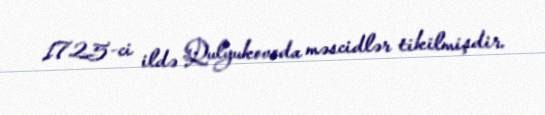
1725-ci ildə Qulyukovoda məscidlər tikilmişdir.